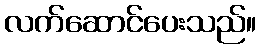
လက်ဆောင်ပေးသည်။